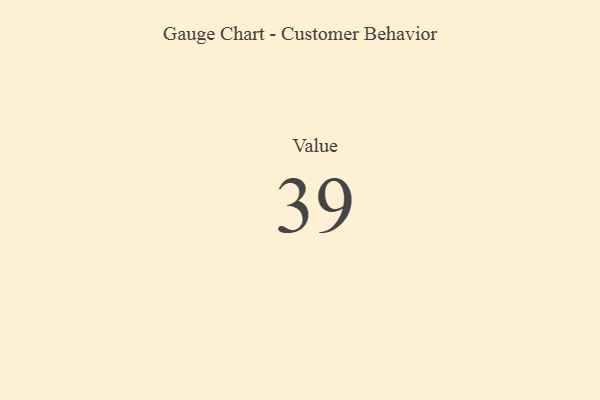
{"axis": {"x": "Metric", "y": "Value"}, "legend": [""], "data": [{"x": "Value", "y": 39, "type": ""}]}